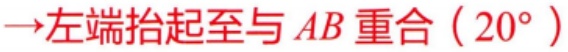
$\to$左端抬起至与 \(AB\) 重合（\(20^{\circ}\)）